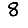
Digit: 8